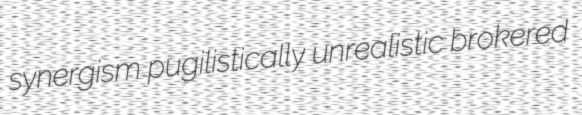
synergism pugilistically unrealistic brokered